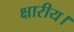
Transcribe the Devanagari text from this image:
क्षारीय।